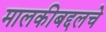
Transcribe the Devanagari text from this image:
मालकीबद्दलचे